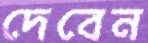
দেবেন